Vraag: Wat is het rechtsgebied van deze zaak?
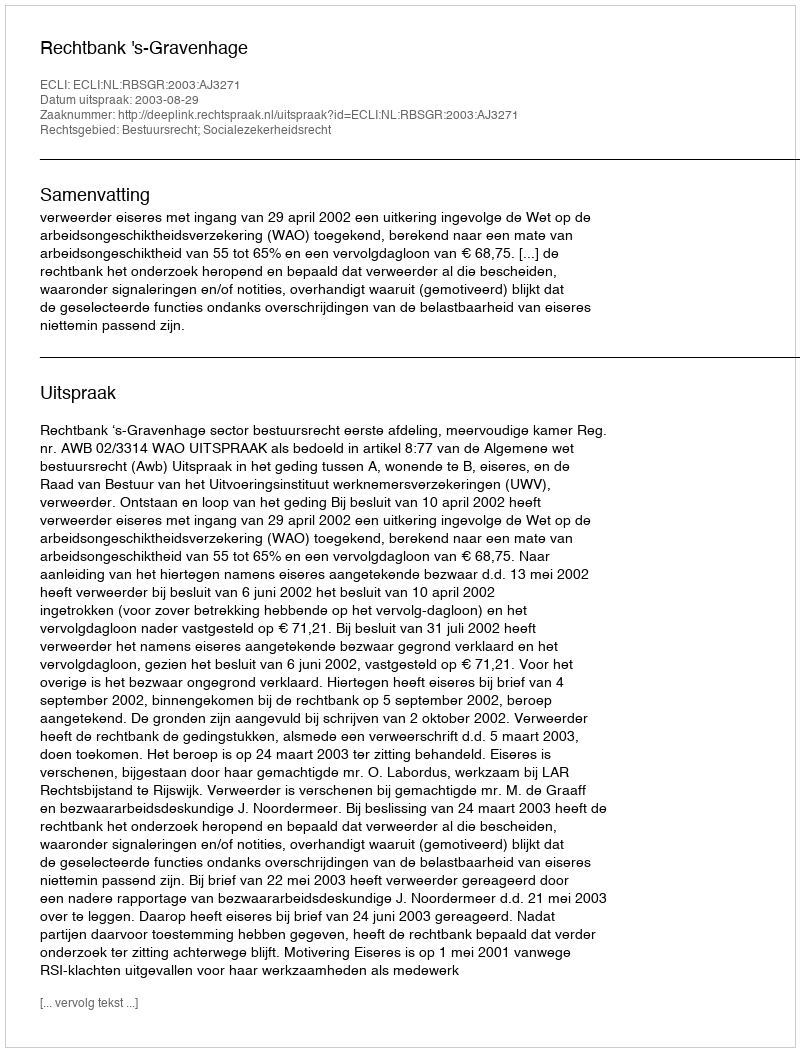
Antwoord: Bestuursrecht; Socialezekerheidsrecht